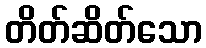
တိတ်ဆိတ်သော